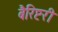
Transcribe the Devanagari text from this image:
बैरिष्टरी